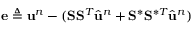
\mathbf { e } \triangleq \ensuremath { \mathbf { u } } ^ { n } - ( \mathbf { S } \mathbf { S } ^ { T } \hat { \ensuremath { \mathbf { u } } } ^ { n } + \mathbf { S } ^ { \ast } \mathbf { S } ^ { \ast T } \hat { \ensuremath { \mathbf { u } } } ^ { n } )